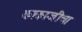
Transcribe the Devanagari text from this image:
काकाजीचा